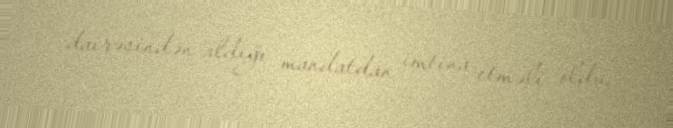
dairəsindən aldığı mandatdan imtina etməli oldu.